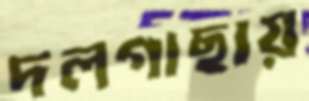
দলগাছায়